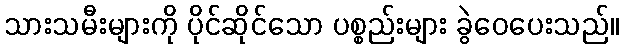
သားသမီးများကို ပိုင်ဆိုင်သော ပစ္စည်းများ ခွဲဝေပေးသည်။